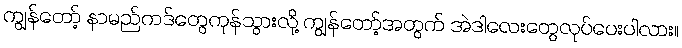
ကျွန်တော့် နာမည်ကဒ်တွေကုန်သွားလို့ ကျွန်တော့်အတွက် အဲဒါလေးတွေလုပ်ပေးပါလား။